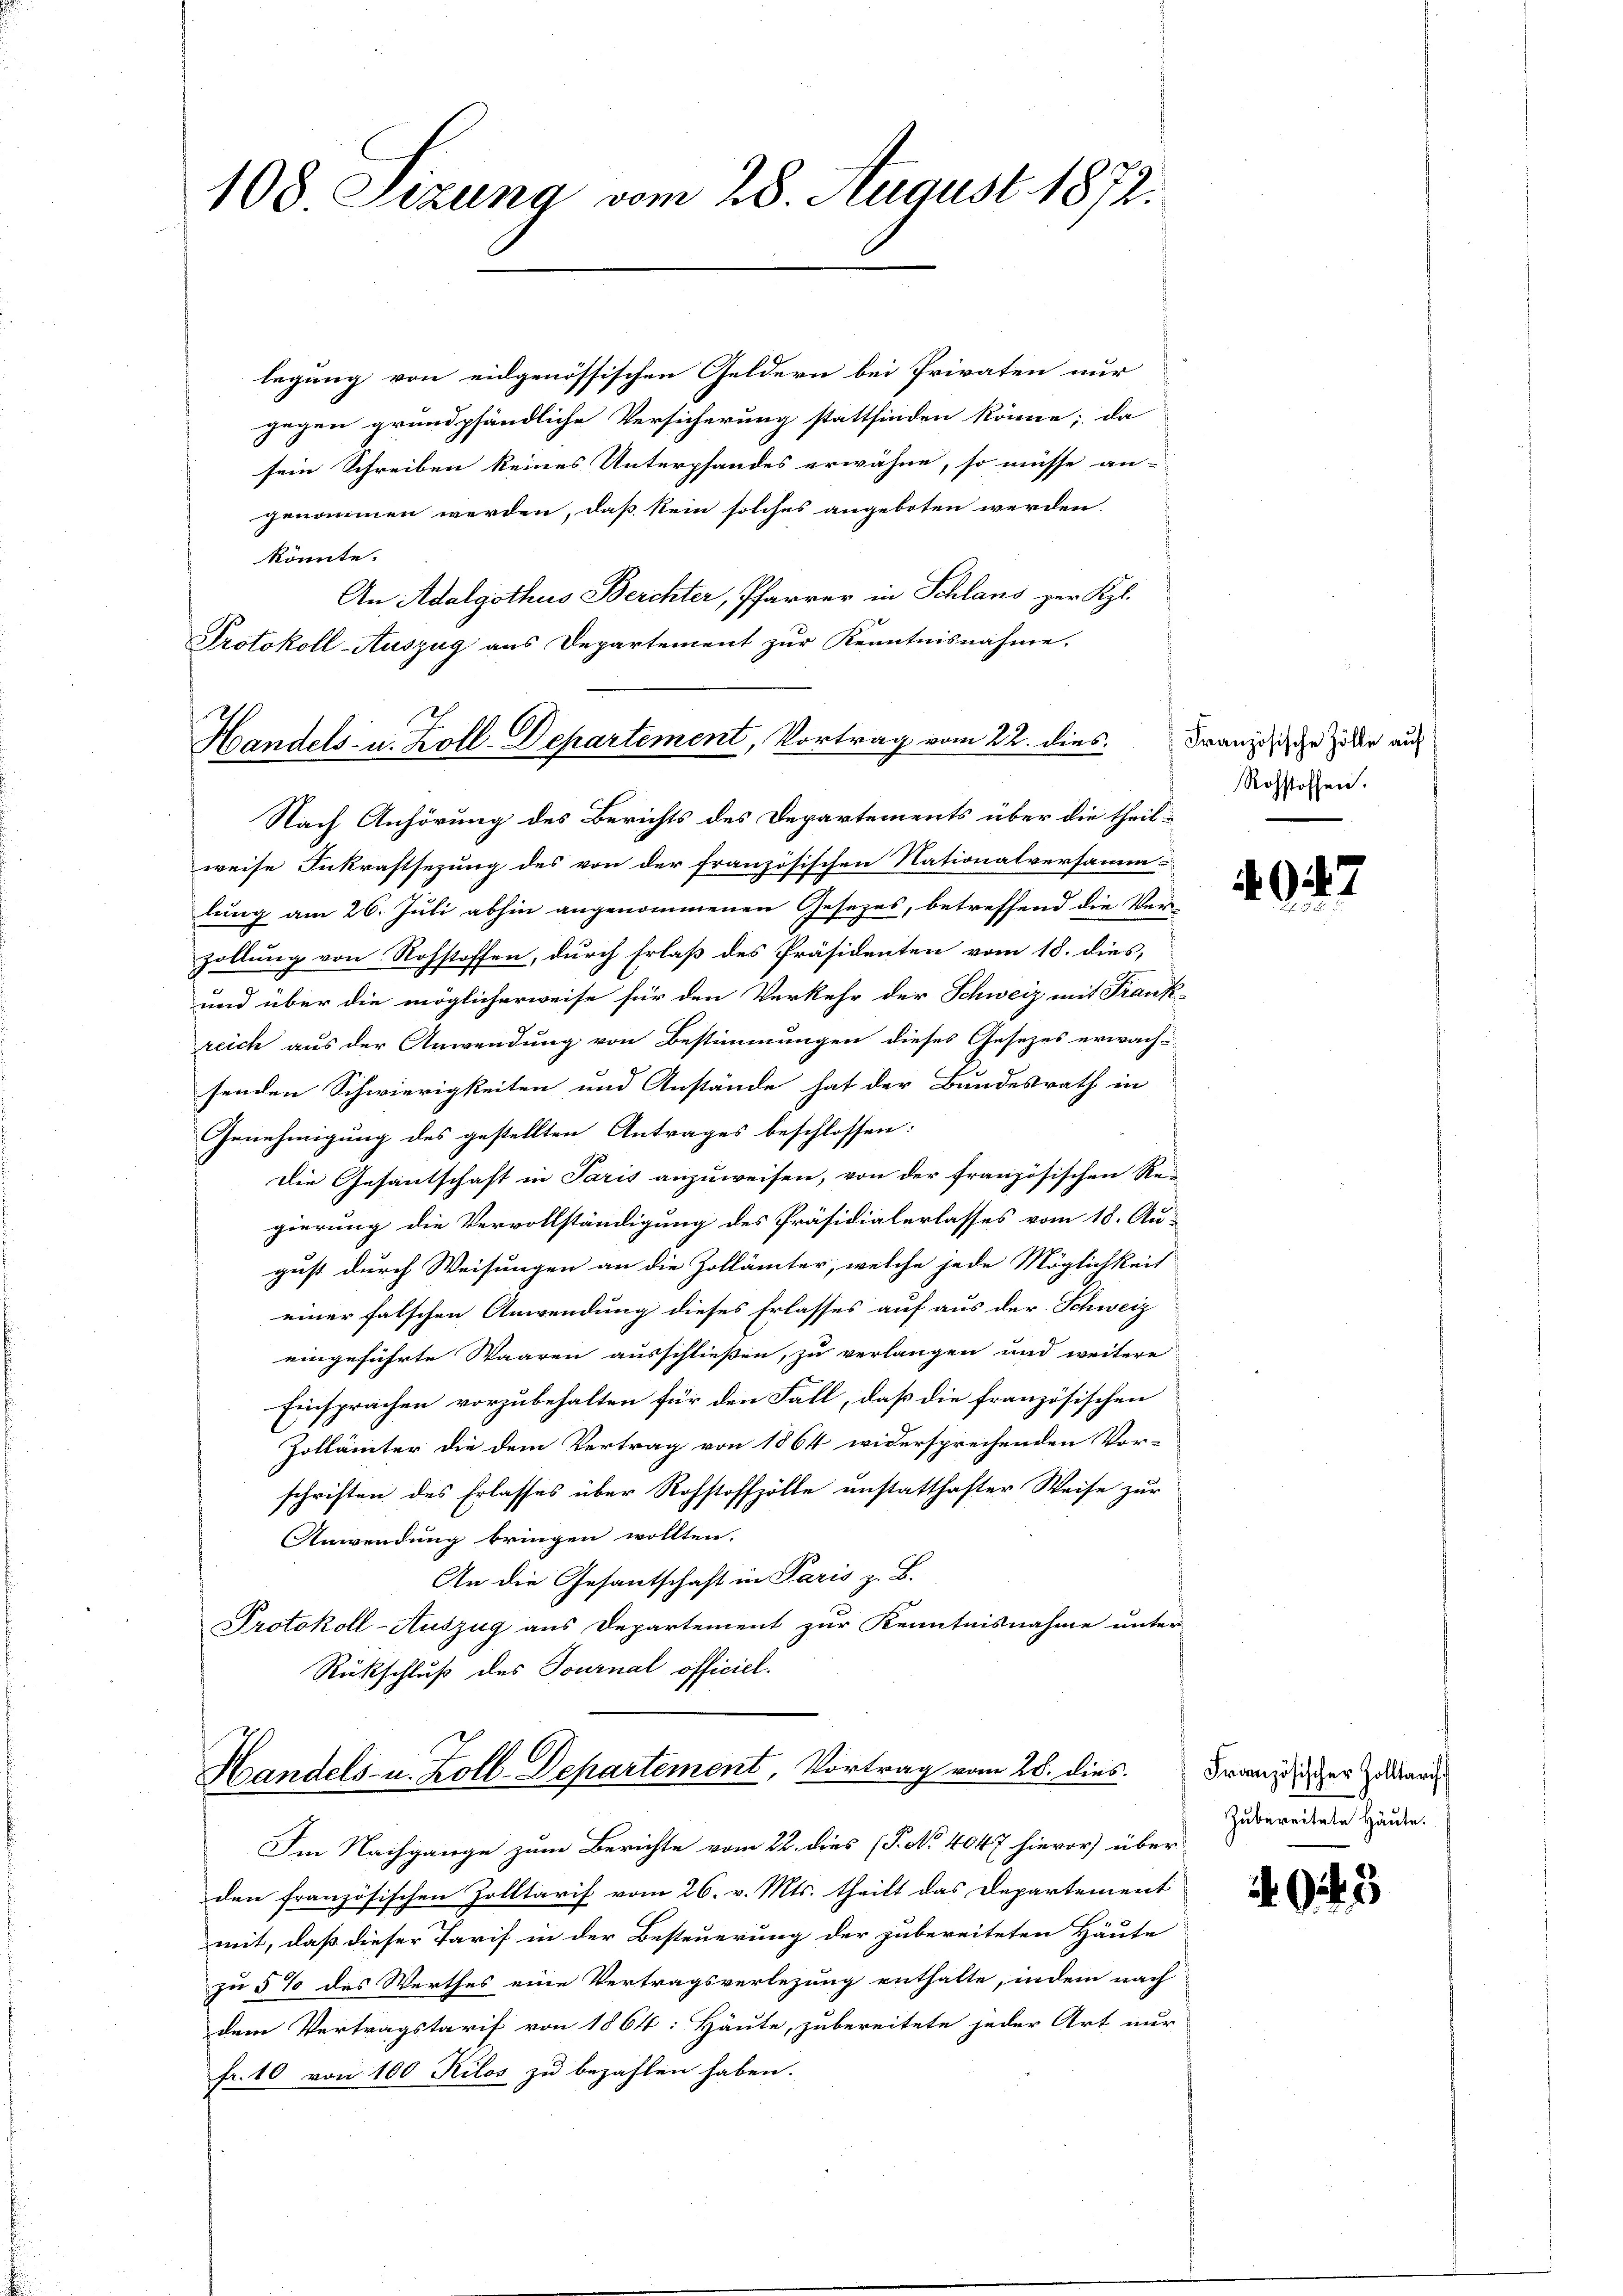
108 Sezung vom 28. August 1872.

legung von eidgenössischen Geldern bei Privaten nur
gegen grundpfändliche Versicherung stattfinden könne; da
sein Schreiben keines Unterpfandes erwähne, so müsse an-
genommen werden, daß kein solches angeboten werden.
könnte.
An Adalgothus Berchter, Pfarrer in Schlans zur Kgl.
Protokoll-Auszug aus Departement zur Kenntnisnahme.
e
Handels- u. Zoll-Departement, Vortrag vom 22. dies

Handels- u. Zoll-Departement, Vortrag vom 28. dies

Nach Anhörung des Berichts des Departements über die theilweise Inkraftsezung des von der französischen Nationalversamm
lung am 26. Juli abhin angenommenen Gesezes, betreffend die Ver
zollung von Rohstoffen, durch Erlaß des Präsidenten vom 18. dies,
und über die möglicherweise für den Verkehr der Schweiz mit Frank-
reich aus der Anwendung von Bestimmungen dieses Gesezes erwach-
senden Schwierigkeiten und Anstände hat der Bundesrath in
Genehmigung des gestellten Antrages beschlossen:
Die Gesantschaft in Paris anzuweisen, von der französischen Re-
gierung die Vervollständigung des Präsidialerlasses vom 18. Au-
gust durch Weisungen an die Zollämter, welche jede Möglichkeit
einer falschen Anwendung dieses Erlasses auf aus der Schweiz
eingeführte Waaren ausschließen, zu verlangen und weitere
Einsprachen vorzubehalten für den Fall, daß die französischen
Zollämter die dem Vertrag von 1864 widersprechenden Vor-
schriften des Erlasses über Rohstoffzölle anstatthafter Weise zur
Anwendung bringen wollten.
An die Gesantschaft in Paris z. B.
Protokoll-Auszug aus Departement zur Kenntnisnahme unter
Rückschluß des Journal officiel.

Im Nachgange zum Berichte vom 22. dies (T. No 4047 hievor über
den französischen Zolltarif vom 26. v. Mts. theilt das Departement
mit, daß dieser Tarif in der Besteuerung der zubereiteten Häute
zu 5 % des Werthes eine Vertragsverlegung enthalte, indem nach
dem Vertragstarif von 1864: Häute, zubereitete jeder Art nur
fr. 10 von 100 Kilos zu bezahlen haben.

Französische Zölle auf
Rohstoffen.

7

Französischer Zolltarif
Zubereitete Häute.

404. 3